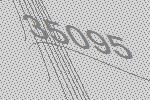
35095